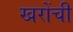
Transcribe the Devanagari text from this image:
खरोंची